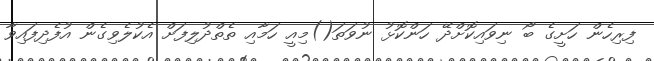
ފިރިހެން ހަށީގެ ބޯ ނިވައިކޮށްދޭ ހަންކޮޅު ނުވަތަ()މިއީ ހަމާއި ތެތްދުލިފަށް އެކުލެވިގެން އުފެދިފައިވާ